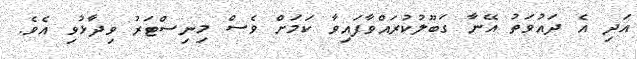
އަދި އެ ދައުވަތު އޭނާ ގަބޫލުކުރައްވާފައިވާ ކަމަށް ވެސް މިނިސްޓަރު ވިދާޅުވި އެވެ.